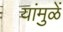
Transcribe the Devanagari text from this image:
यांमुळें